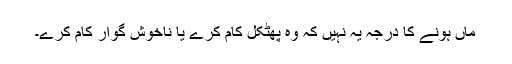
ماں ہونے کا درجہ یہ نہیں کہ وہ پھٹکل کام کرے یا ناخوش گوار کام کرے۔